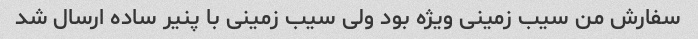
سفارش من سیب زمینی ویژه بود ولی سیب زمینی با پنیر ساده ارسال شد